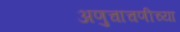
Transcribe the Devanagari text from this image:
अणुचाचणीच्या